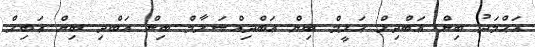
އަޙްމަދު ބިން ޢަބްދިލް ޙަލީމް ބިން ޢަބްދިއްސަލާމް ބިން ޢަބްދި ބިން ޢަބިލް